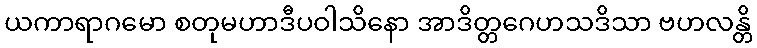
ယကာရာဂမော စတုမဟာဒီပဝါသိနော အာဒိတ္တဂေဟသဒိသာ ဗဟလန္တိ